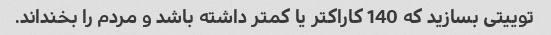
توییتی بسازید که 140 کاراکتر یا کمتر داشته باشد و مردم را بخنداند.